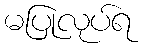
မပြုလုပ်ရ